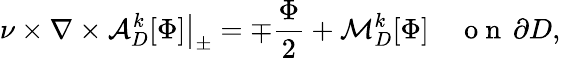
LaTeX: \nu\times\nabla\times\mathcal{A}_{D}^{k}[\Phi]\big\vert_{\pm}=\mp\frac{\Phi}{2}+\mathcal{M}_{D}^{k}[\Phi]\quad\mathrm{~o~n~}\, \partial D,